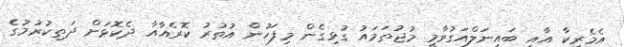
އެމެރިކާ އާއި ބައިނަލްއަގުވާމީ މުޖުތަމައު ގުޅިގެން މިފަހުން އުތުރު ކޮރެއާއާ ދެކޮޅަށް ދަތިކުރުމުގެ